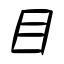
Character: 目